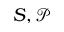
S , { \mathcal { P } }